Vaccination in Bombay 1869-1873 - 1869-1873
Year: 1869
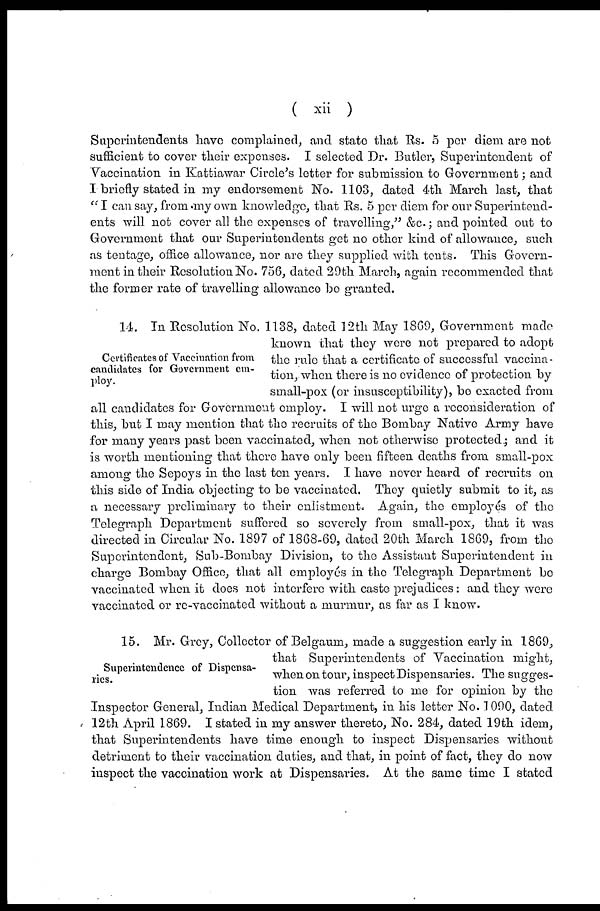
( xii )
Superintendents have complained, and state that Rs. 5 per diem are not
sufficient to cover their expenses. I selected Dr. Butler, Superintendent of
Vaccination in Kattiawar Circle's letter for submission to Government; and
I briefly stated in my endorsement No. 1103, dated 4th March last, that
" I can say, from my own knowledge, that Rs. 5 per diem for our Superintend-
ents will not cover all the expenses of travelling," &c.; and pointed out to
Government that our Superintendents get no other kind of allowance, such
as tentage, office allowance, nor are they supplied with tents. This Govern-
ment in their Resolution No. 756, dated 29th March, again recommended that
the former rate of travelling allowance bo granted.
Certificates of Vaccination from
candidates for Government em-
ploy.
14. In Resolution No. 1138, dated 12th May 1869, Government made
known that they were not prepared to adopt
the rule that a certificate of successful vaccina-
tion, when there is no evidence of protection by
small-pox (or insusceptibility), be exacted from
all candidates for Government employ. I will not urge a reconsideration of
this, but I may mention that the recruits of the Bombay Native Army have
for many years past been vaccinated, when not otherwise protected; and it
is worth mentioning that there have only been fifteen deaths from small-pox
among the Sepoys in the last ten years. I have never heard of recruits on
this side of India objecting to be vaccinated. They quietly submit to it, as
a necessary preliminary to their enlistment. Again, the employés of the
Telegraph Department suffered so severely from small-pox, that it was
directed in Circular No. 1897 of 1868-69, dated 20th March 1869, from the
Superintendent, Sub-Bombay Division, to the Assistant Superintendent in
charge Bombay Office, that all employés in the Telegraph Department be
vaccinated when it does not interfere with caste prejudices : and they were
vaccinated or re-vaccinated without a murmur, as far as I know.
Superintendence of Dispensa-
ries.
15. Mr. Grey, Collector of Belgaum, made a suggestion early in 1869,
that Superintendents of Vaccination might,
when on tour, inspect Dispensaries. The sugges-
tion was referred to me for opinion by the
Inspector General, Indian Medical Department, in his letter No. 1090, dated
12th April 1869. I stated in my answer thereto, No. 284, dated 19th idem,
that Superintendents have time enough to inspect Dispensaries without
detriment to their vaccination duties, and that, in point of fact, they do now
inspect the vaccination work at Dispensaries. At the same time I stated